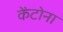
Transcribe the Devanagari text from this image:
केंटोना